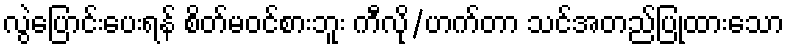
လွဲပြောင်းပေးရန် စိတ်မဝင်စားဘူး ကီလို/ဟက်တာ သင်အတည်ပြုထားသော